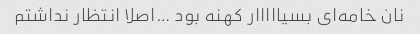
نان خامه‌ای بسیااااار کهنه بود …اصلا انتظار نداشتم